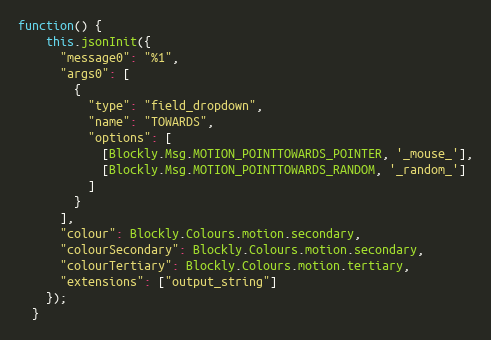
Language: JavaScript
function() {
    this.jsonInit({
      "message0": "%1",
      "args0": [
        {
          "type": "field_dropdown",
          "name": "TOWARDS",
          "options": [
            [Blockly.Msg.MOTION_POINTTOWARDS_POINTER, '_mouse_'],
            [Blockly.Msg.MOTION_POINTTOWARDS_RANDOM, '_random_']
          ]
        }
      ],
      "colour": Blockly.Colours.motion.secondary,
      "colourSecondary": Blockly.Colours.motion.secondary,
      "colourTertiary": Blockly.Colours.motion.tertiary,
      "extensions": ["output_string"]
    });
  }